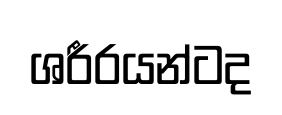
ශරීරයන්ටද